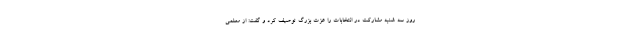
روز سه شنبه مشارکت در انتخابات را عزت بزرگ توصیف کرد و گفت: از معلمی